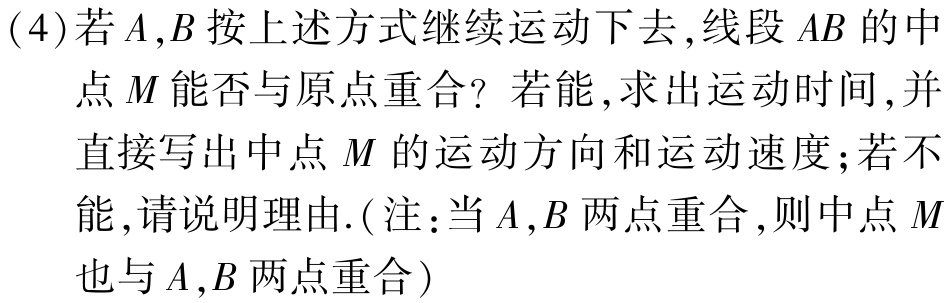
(4)若\(A,B\)按上述方式继续运动下去,线段\(AB\)的中点\(M\)能否与原点重合? 若能,求出运动时间,并直接写出中点\(M\)的运动方向和运动速度;若不能,请说明理由.(注:当\(A,B\)两点重合,则中点\(M\)也与\(A,B\)两点重合)